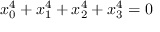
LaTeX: x _ { 0 } ^ { 4 } + x _ { 1 } ^ { 4 } + x _ { 2 } ^ { 4 } + x _ { 3 } ^ { 4 } = 0